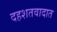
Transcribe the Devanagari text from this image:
दहशतवादात